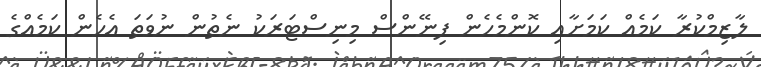
ލާޒިމްކުރާ ކަމެއް ކަމަށާއި ކޮންމެހެން ފިނޭންސް މިނިސްޓަރަކު ނެތުން ނުވަތަ އެހެން ކަމެއްގެ